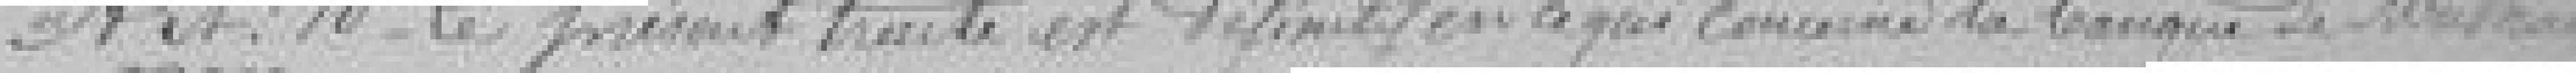
Art 10.  Le présent traité est définitif en ce qui concerne la Banque de Mulhouse